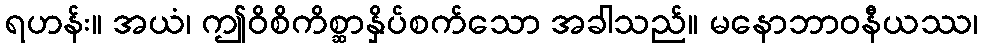
ရဟန်း။ အယံ၊ ဤဝိစိကိစ္ဆာနှိပ်စက်သော အခါသည်။ မနောဘာဝနီယဿ၊